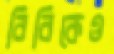
বিবিকেও